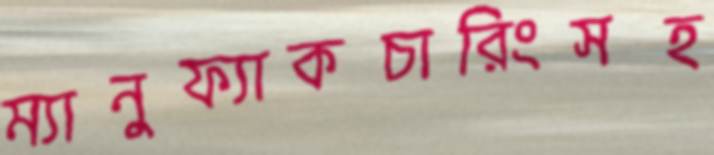
ম্যানুফ্যাকচারিংসহ